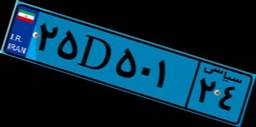
۲۵D۵۰۱۲۴